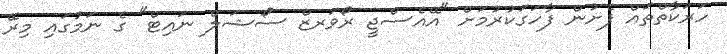
ހަރަކާތްތައް ފެށުން ފާހަގަކުރުމަށް "އޭއެސްޖީ ރޯވަރޒް ސޯޝަލް ނައިޓް" ގެ ނަމުގައި މިރޭ